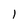
Character: 1